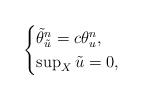
\begin{align*} \begin{cases} \tilde{\theta}_{\tilde{u}}^n=c\theta_u^n,\\ \sup_X\tilde{u}=0, \end{cases} \end{align*}